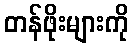
တန်ဖိုးများကို